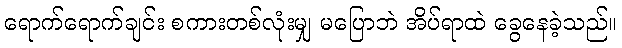
ရောက်ရောက်ချင်း စကားတစ်လုံးမျှ မပြောဘဲ အိပ်ရာထဲ ခွေနေခဲ့သည်။